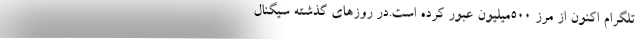
تلگرام اکنون از مرز ۵۰۰‌میلیون عبور کرده است.در روزهای گذشته سیگنال